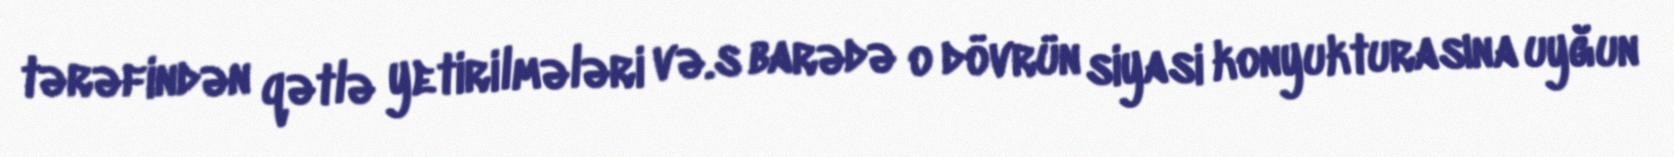
tərəfindən qətlə yetirilmələri və.s barədə o dövrün siyasi konyukturasına uyğun